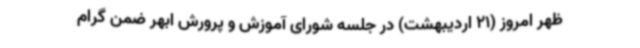
ظهر امروز (21 اردیبهشت) در جلسه شورای آموزش و پرورش ابهر ضمن گرام